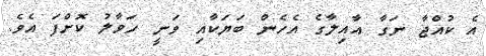
އެ ކުއްޖާ ނަގާ އާއިލާގެ އެހެން ބަޔަކާއި ވަނީ ހަވާލު ކޮށްފަ އެވެ.